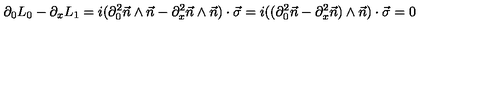
\partial _ { 0 } L _ { 0 } - \partial _ { x } L _ { 1 } = i ( \partial _ { 0 } ^ { 2 } \vec { n } \wedge \vec { n } - \partial _ { x } ^ { 2 } \vec { n } \wedge \vec { n } ) \cdot \vec { \sigma } = i ( ( \partial _ { 0 } ^ { 2 } \vec { n } - \partial _ { x } ^ { 2 } \vec { n } ) \wedge \vec { n } ) \cdot \vec { \sigma } = 0